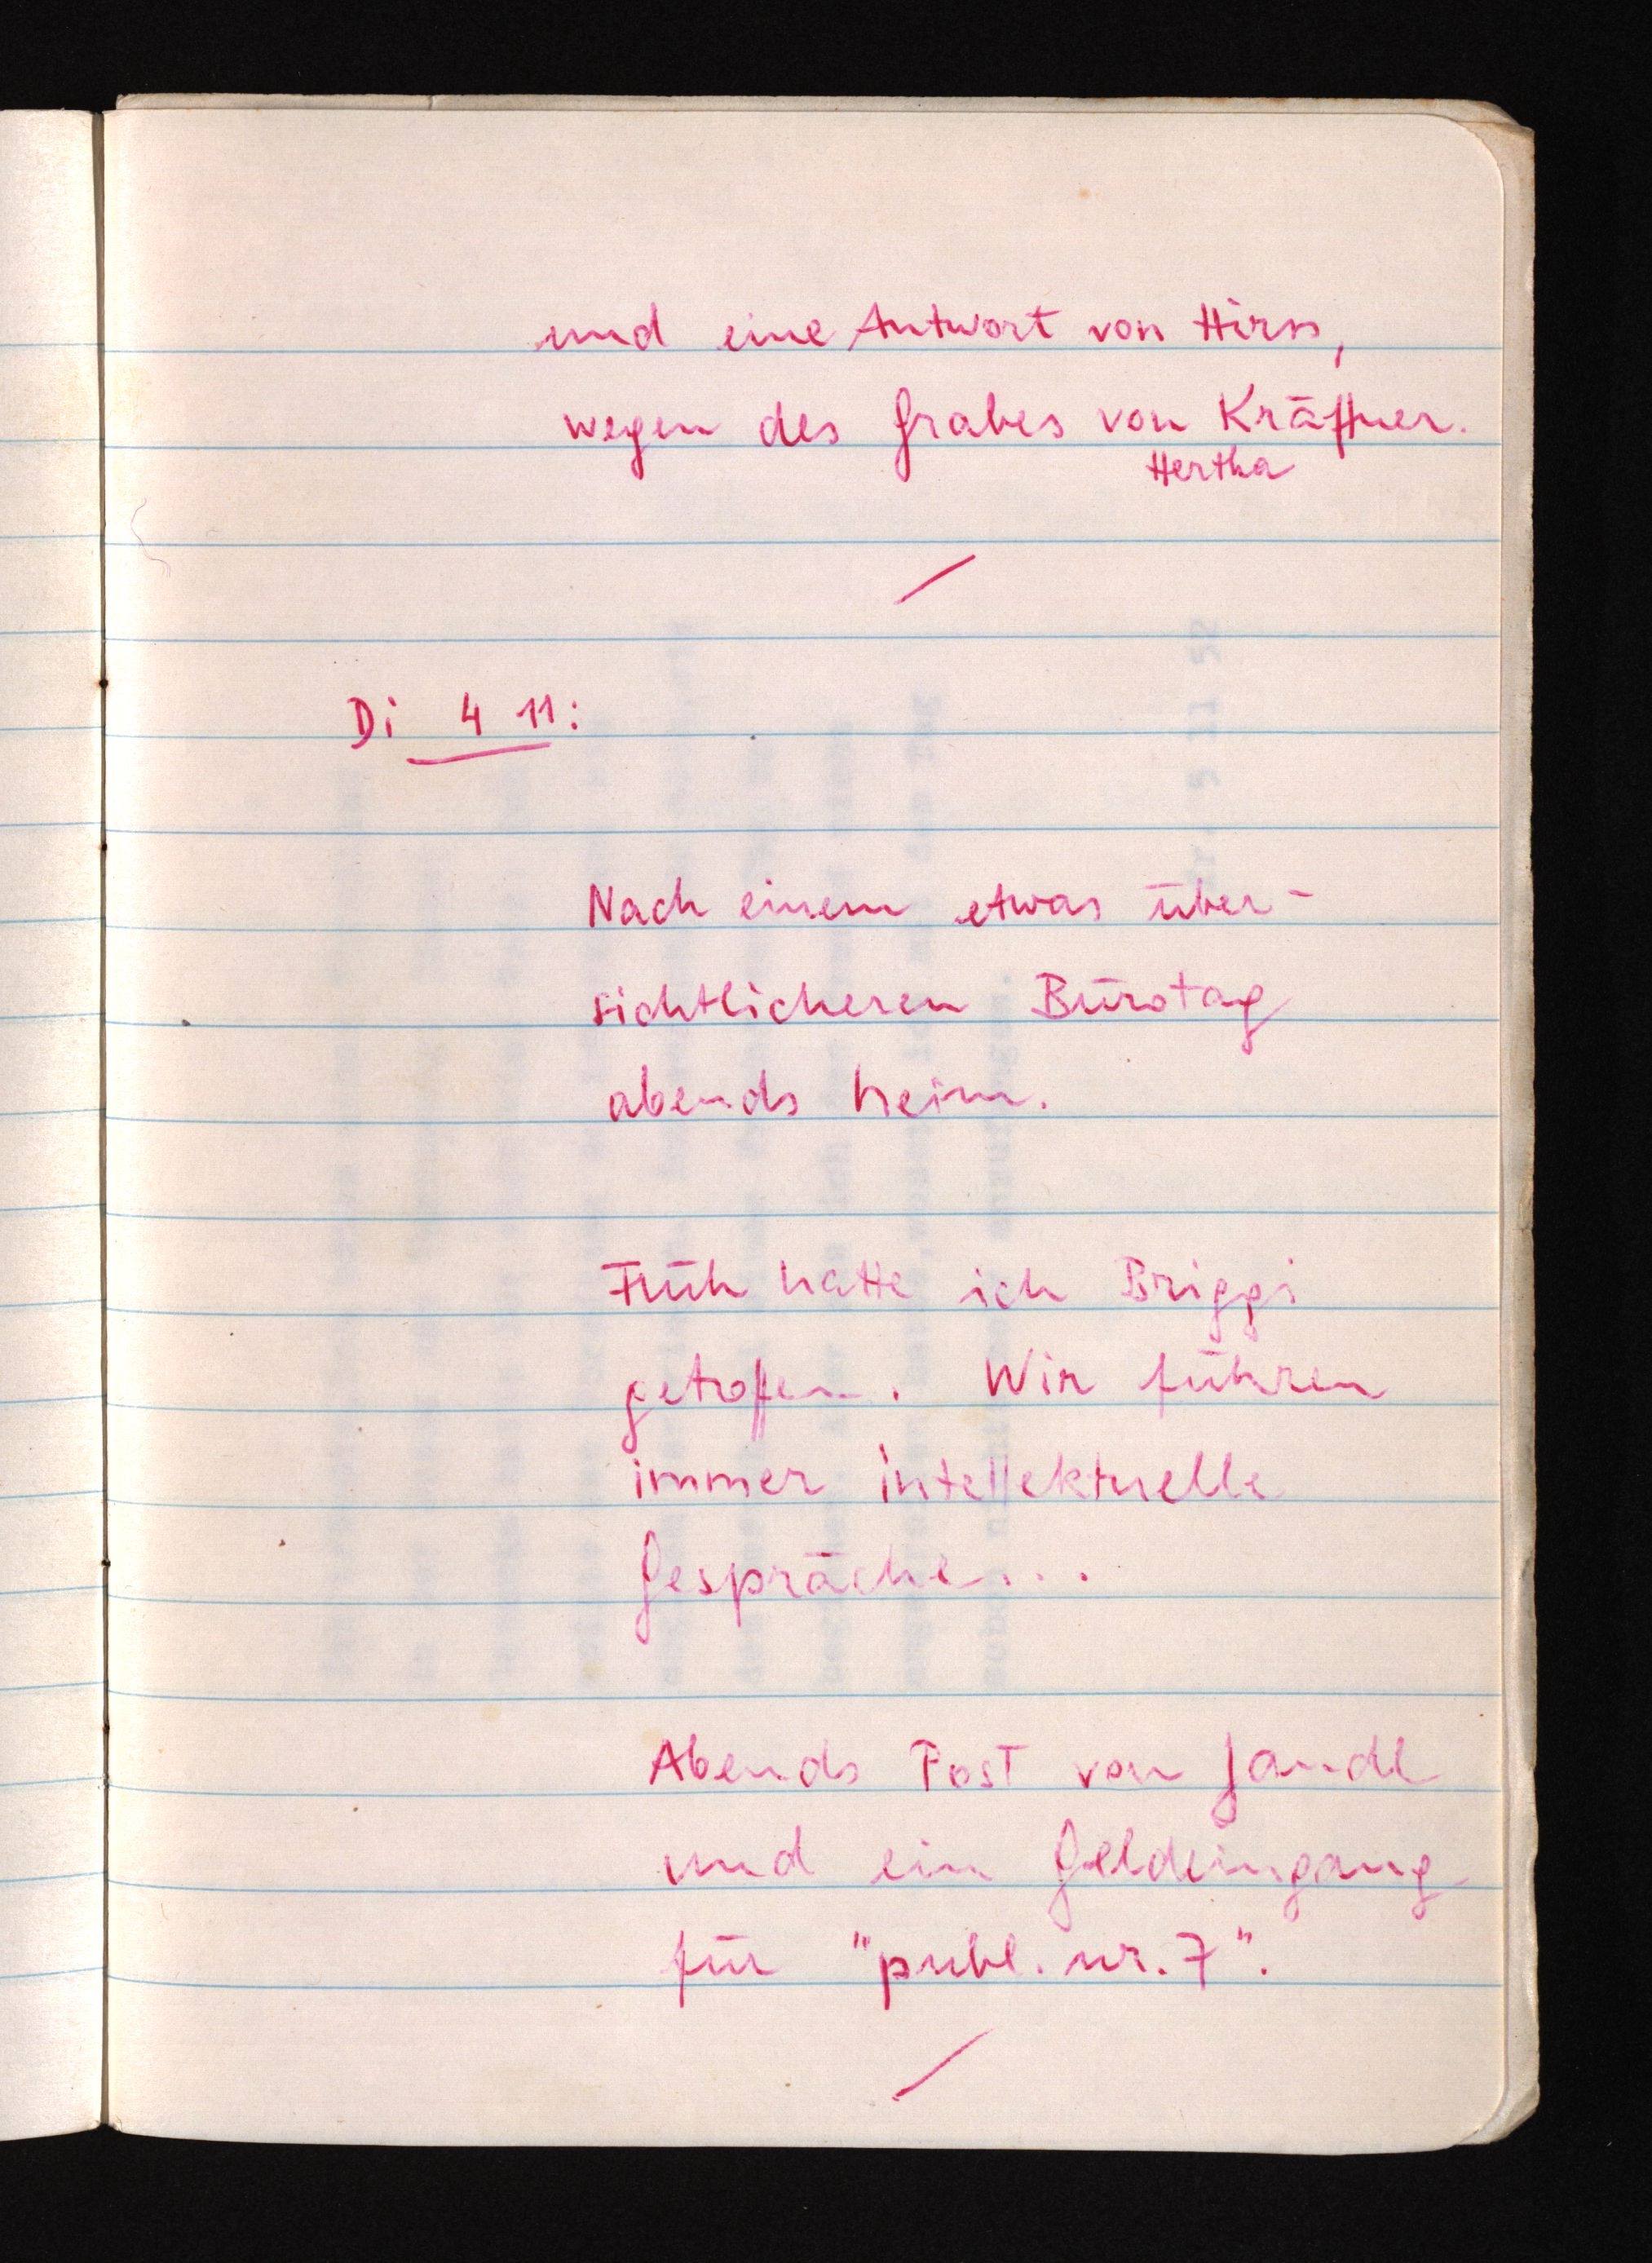
und eine Antwort von Hirss,
wegen des Grabes von Kräftner.
Hertha
Di 4 11:
Nach einem etwas über¬
sichtlicheren Bürotag
abends heim.
Früh hatte ich Briggi
getroffen. Wir führen
immer intellektuelle
Gespräche ...
Abends Post von Jandl
und ein Geldeingang
für "publ. nr. 7".